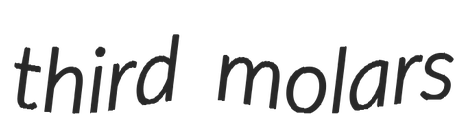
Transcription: third molars